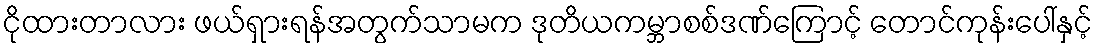
ငိုထားတာလား ဖယ်ရှားရန်အတွက်သာမက ဒုတိယကမ္ဘာစစ်ဒဏ်ကြောင့် တောင်ကုန်းပေါ်နှင့်